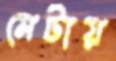
মেটায়